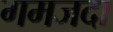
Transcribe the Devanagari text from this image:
गमजदा